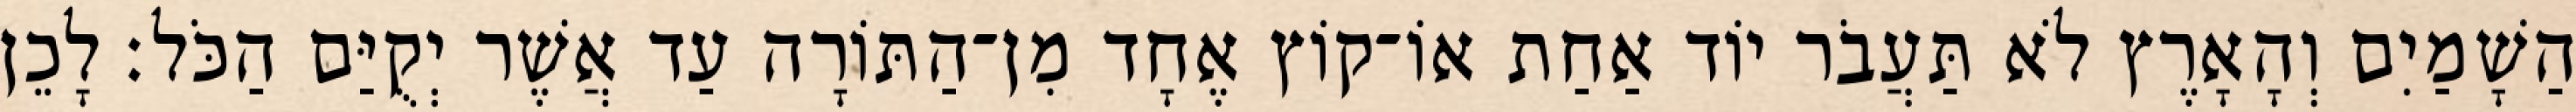
הַשָׁמַיִם וְהָאָרֶץ לֹא תַּעֲבֹר יוֹד אַחַת אוֹ־קוֹץ אֶחָד מִן־הַתּוֹרָה עַד אֲשֶׁר יְקֻיַּם הַכֹּל׃ לָכֵן